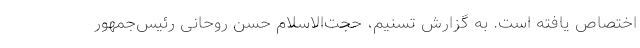
اختصاص یافته است. به گزارش تسنیم، حجت‌الاسلام‌ حسن روحانی رئیس‌جمهور